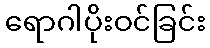
ရောဂါပိုးဝင်ခြင်း